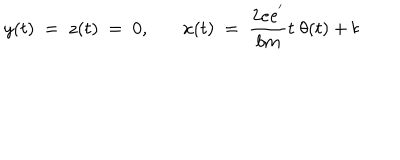
LaTeX: y ( t ) ~ = ~ z ( t ) ~ = ~ 0 , ~ x ( t ) ~ = ~ { \frac { 2 e e ^ { ' } } { b m } } t ~ \theta ( t ) + b